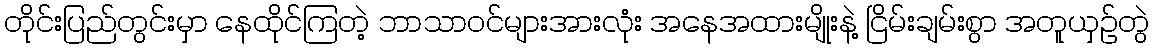
တိုင်းပြည်တွင်းမှာ နေထိုင်ကြတဲ့ ဘာသာဝင်များအားလုံး အနေအထားမျိုးနဲ့ ငြိမ်းချမ်းစွာ အတူယှဉ်တွဲ